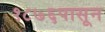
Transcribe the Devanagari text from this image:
१८७६पासून